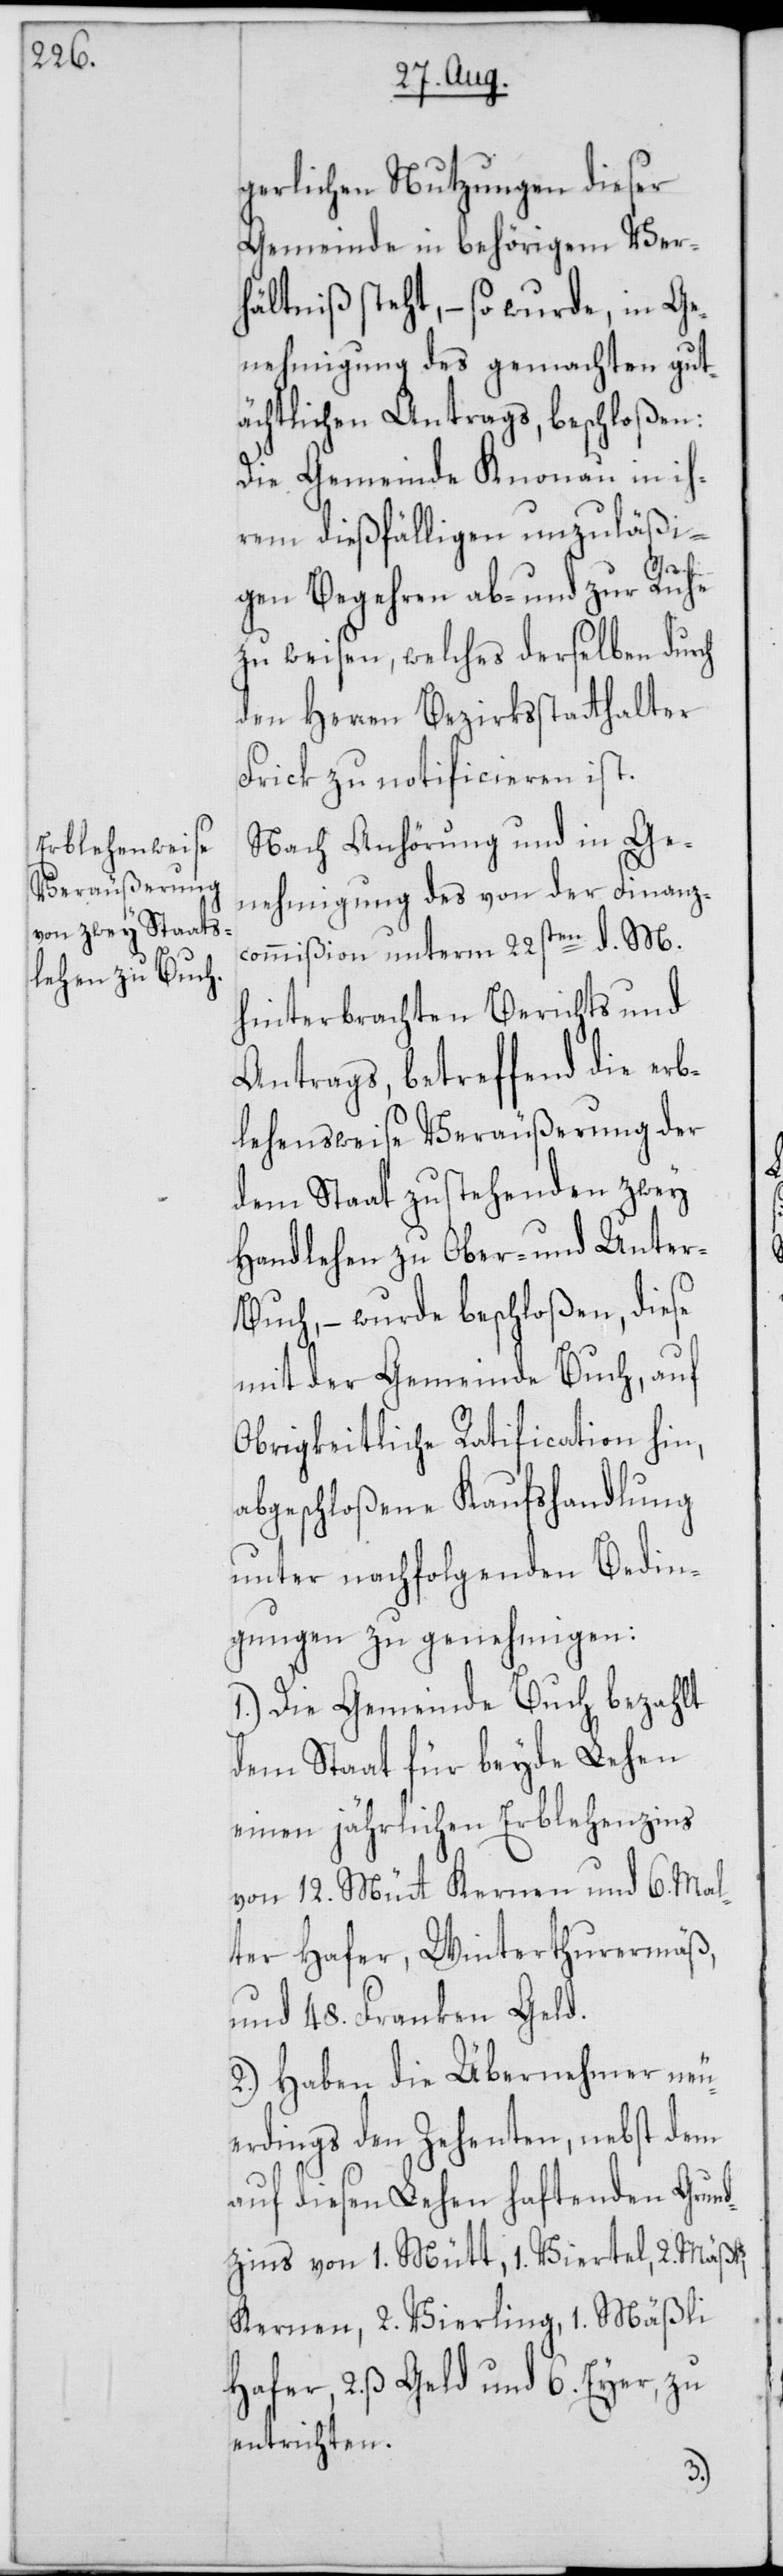
gerlichen Nutzungen dieser
Gemeinde in behörigem Ver¬
hältniß steht, – so wurde, in Ge¬
nehmigung des gemachten gut¬
ächtlichen Antrags, beschloßen:
Die Gemeinde Knonau in ih¬
rem dießfälligen unzuläßi¬
gen Begehren ab- und zur Ruhe
zu weisen, welches derselben durch
den Herren Bezirksstatthalter
Frick zu notificieren ist.
Nach Anhörung und in Ge¬
nehmigung des von der Finanz¬
commißion unterm 22sten d. M.
hinterbrachten Berichts und
Antrags, betreffend die erb¬
lehensweise Veräußerung der
dem Staat zustehenden zwey
Handlehen zu Ober- und Unter¬
buch, – wurde beschloßen, diese
mit der Gemeinde Buch, auf
Obrigkeitliche Ratification hin,
abgeschloßene Kaufshandlung
unter nachfolgenden Bedin¬
gungen zu genehmigen:
1.) Die Gemeinde Buch bezahlt
dem Staat für beyde Lehen
einen jährlichen Erblehenzins
von 12. Mütt Kernen und 6. Mal¬
ter Hafer, Winterthurermäß,
und 48. Franken Geld.
2.) Haben die Übernehmer neu¬
erdings den Zehenten, nebst dem
auf diesen Lehen haftenden Grun¬
dzins von 1. Mütt, 1. Viertel, 2. Mäßli
Kernen, 2. Vierling, 1- Mäßli
Hafer, 2. ß Geld und 6. Eyer, zu
entrichten.